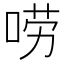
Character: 唠